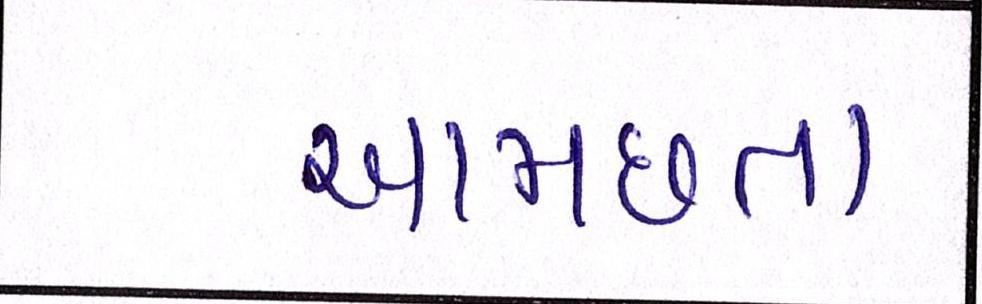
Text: આમછતાં